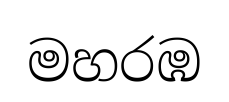
මහරඹ